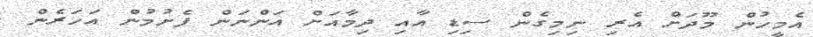
އެމީހުން މޫދަށް އެރި ނިމިގެން ސިޑި އާއި ދިމާއަށް އަންނަން ފެށުމުން އަހަރެން